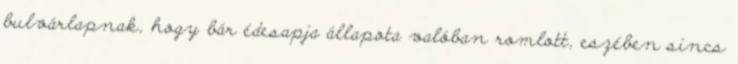
bulvárlapnak, hogy bár édesapja állapota valóban romlott, eszében sincs